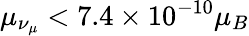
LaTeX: \mu_{\nu_{\mu}}<7.4\times 10^{-10}\mu_{B}